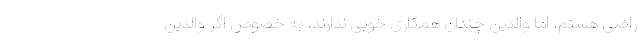
راضی هستم، اما والدین چندان همکاری خوبی ندارند، به خصوص اگر والدین